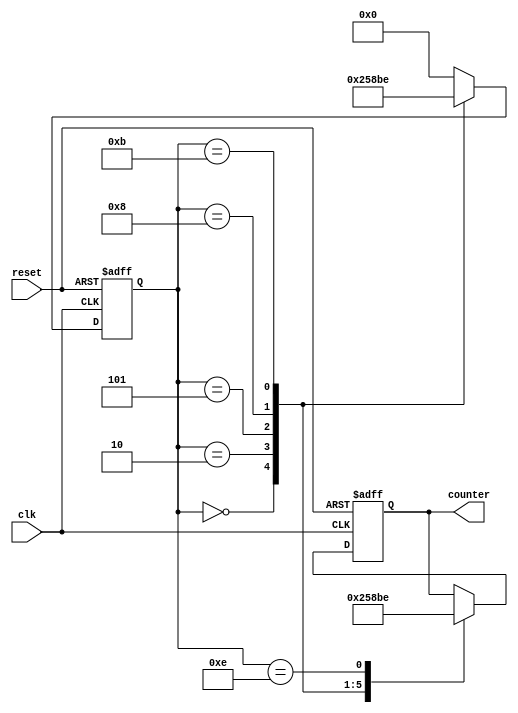
`timescale 1ns / 1ps

module sequence_counter(
    input clk,
    input reset,
    output reg [3:0] counter
);

reg [3:0] count;

always @(posedge clk, posedge reset) begin
    if (reset) begin
        count <= 4'b0000;
        counter <= 4'b0000;
    end 

    else begin
        case (count)
            4'b0000: begin // 0
                counter <= 4'b0000;
                count <= 3'b010;
            end
            4'b0010: begin // 2
                counter <= 4'b0010;
                count <= 4'b0101;
            end
            4'b0101: begin // 5
                counter <= 4'b0101;
                count <= 4'b1000;
            end
            4'b1000: begin // 8
                counter <= 4'b1000;
                count <= 4'b1011;
            end
            4'b1011: begin // 11
                counter <= 4'b1011;
                count <= 4'b1110;
            end
            4'b1110: begin // 14
                counter <= 4'b1110;
                count <= 4'b0000;
            end
            default: count <= 4'b0000;
        endcase
    end
end

endmodule